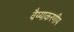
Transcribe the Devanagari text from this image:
वैय्याकरणीय